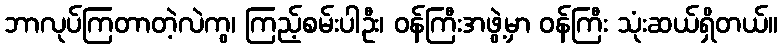
ဘာလုပ်ကြတာတဲ့လဲကွ၊ ကြည့်စမ်းပါဦး၊ ဝန်ကြီးအဖွဲ့မှာ ဝန်ကြီး သုံးဆယ်ရှိတယ်။